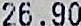
26.90